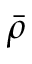
\bar { \rho }